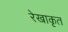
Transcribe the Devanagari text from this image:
रेखाकृत